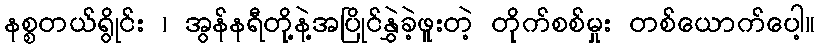
နစ္စတယ်ရွိုင်း ၊ အွန်နရီတို့နဲ့အပြိုင်နွှဲခဲ့ဖူးတဲ့ တိုက်စစ်မှုး တစ်ယောက်ပေါ့။